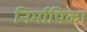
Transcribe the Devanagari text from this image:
निर्मापिका